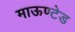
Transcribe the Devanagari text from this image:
माऊण्टेड